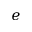
\boldsymbol { e }